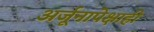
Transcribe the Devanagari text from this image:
अर्जूनापेक्षाही